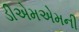
ડીએમએમની